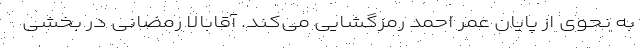
به نحوی از پایان عمر احمد رمزگشایی می‌کند. آقابالا رمضانی در بخشی